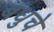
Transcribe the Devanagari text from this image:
बंधुचे